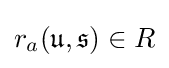
r_{a}({\mathfrak {u}},{\mathfrak {s}})\in R